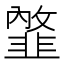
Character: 𩐇